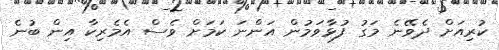
ކުރިއަށް ދެވޭނެ މަގު ފުޅާވަމުން އަންނަ ކަމަށް ވެސް އެމެރިކާ އިން ބުނެ